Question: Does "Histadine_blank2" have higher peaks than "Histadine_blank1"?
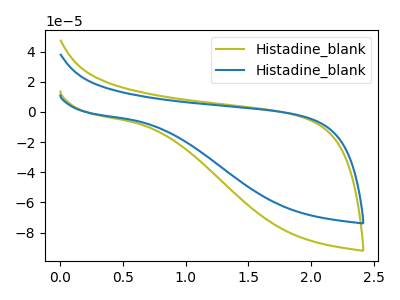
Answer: <think>The olive curve "Histadine_blank1" has no peaks. The blue curve "Histadine_blank2" has no peaks.</think>
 <answer>Niether CV has any peaks.</answer>
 <eval>blanks</eval>